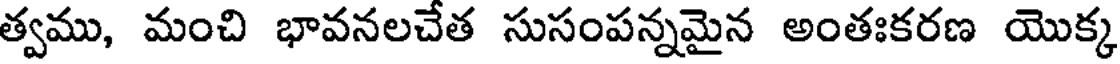
త్వము, మంచి భావనలచేత సుసంపన్నమైన అంతఃకరణ యొక్క